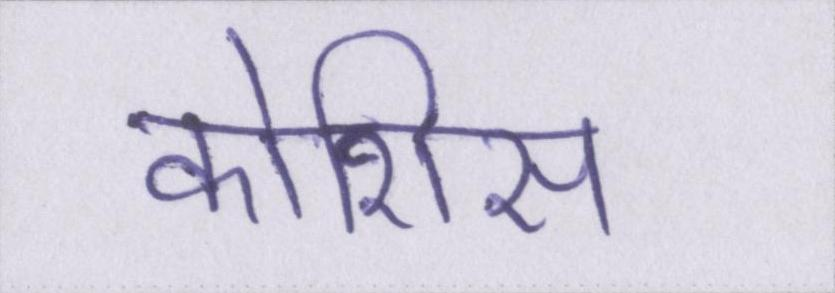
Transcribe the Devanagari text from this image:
कोशिस